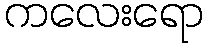
ကလေးရော